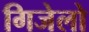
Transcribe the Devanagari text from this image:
गिजेलो